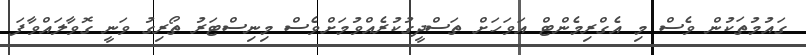
ގައުމުތަކުން ވެސް މި އެގްރިމެންޓް އަވަހަށް ތަސްދީގުކުރެއްވުމަށްވެސް މިނިސްޓަރު ތޯރިގު ވަނީ ގޮވާލައްވާފަ